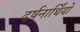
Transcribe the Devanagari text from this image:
दर्षनार्थिंयो